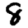
Digit: 8